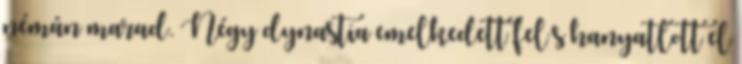
némán marad. Négy dynastia emelkedett fel s hanyatlott el